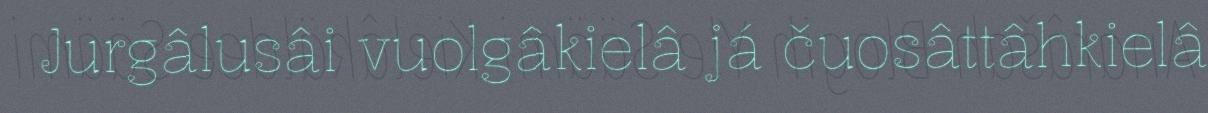
Jurgâlusâi vuolgâkielâ já čuosâttâhkielâ